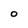
Character: 0